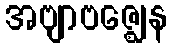
အဗျာဗဇ္ဈေန